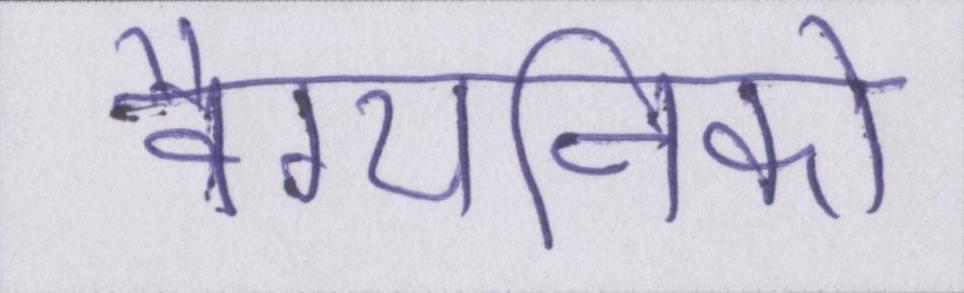
वैग्यनिको